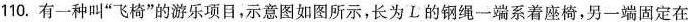
110. 有一种叫”飞椅”的游乐项目，示意图如图所示，长为L的钢绳一端系着座椅，另一端固定在